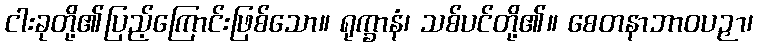
ငါးခုတို့၏ပြည့်ကြောင်းဖြစ်သော။ ရုက္ခာနံ၊ သစ်ပင်တို့၏။ စေတနာဘာဝပဉှာ၊